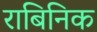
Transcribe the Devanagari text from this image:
राबिनिक